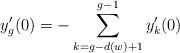
LaTeX: \begin{align*}y^{\prime}_{g}(0)=-\sum\limits_{k=g-d(w)+1}^{g-1}y^{\prime}_k(0)\end{align*}